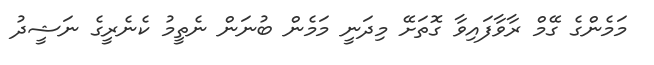
މަމެންގެ ގޭމް ރާވާފައިވާ ގޮތަށޭ މިދަނީ މަމެން ބުނަން ނެތީމު ކެނެރީގެ ނަޝީދު